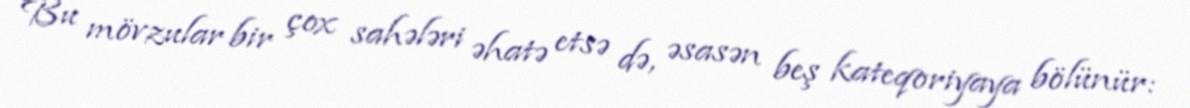
Bu mövzular bir çox sahələri əhatə etsə də, əsasən beş kateqoriyaya bölünür: